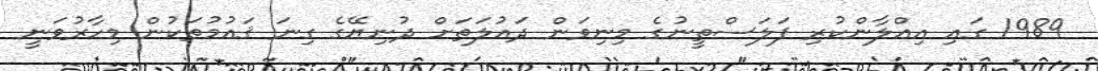
1989 ގައި އިޢްލާންކުރި ފަލަސްތީނުގެ މިނިވަން ދައުލަތަށް ދުނިޔޭގެ ގިނަ ޤައުމުތަކުން މިހާރުވަނީ